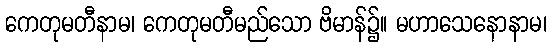
ကေတုမတီနာမ၊ ကေတုမတီမည်သော ဗိမာန်၌။ မဟာသေနောနာမ၊